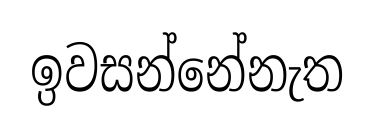
ඉවසන්නේනැත